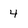
Character: 4